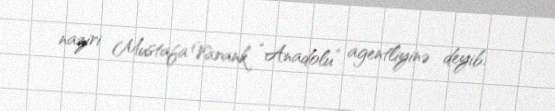
naziri Mustafa Varank “Anadolu” agentliyinə deyib.